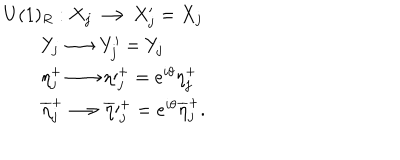
LaTeX: \begin{array} { l c r } { { U ( 1 ) _ { R } : X _ { j } \longrightarrow X _ { j } ^ { \prime } = X _ { j } } } \\ { { \qquad Y _ { j } \longrightarrow Y _ { j } ^ { \prime } = Y _ { j } } } \\ { { \qquad \eta _ { j } ^ { + } \longrightarrow \eta \prime _ { j } ^ { + } = e ^ { i \theta } \eta _ { j } ^ { + } } } \\ { { \qquad \overline { { { \eta } } } _ { j } ^ { + } \longrightarrow \overline { { { \eta } } } \prime _ { j } ^ { + } = e ^ { i \theta } \overline { { { \eta } } } _ { j } ^ { + } . } } \\ \end{array}